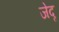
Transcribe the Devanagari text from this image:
जेदृ